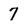
Character: 7